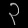
Digit: ၃